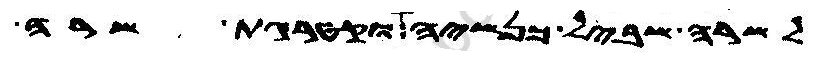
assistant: לשרה שביל כנשיה וקטרגת שרה